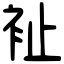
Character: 𧘲